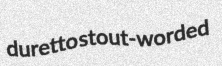
duretto stout-worded